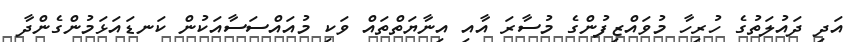
އަދި ދައުލަތުގެ ހުރިހާ މުވައްޒިފުންގެ މުސާރަ އާއި އިނާޔަތްތައް ވަކި މުއައްސަސާއަކުން ކަނޑައަޅަމުންގެންދާ